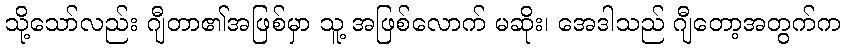
သို့သော်လည်း ဂျီတာ၏အဖြစ်မှာ သူ့ အဖြစ်လောက် မဆိုး၊ အေဒါသည် ဂျီတော့အတွက်က